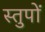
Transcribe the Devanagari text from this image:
स्तुपों